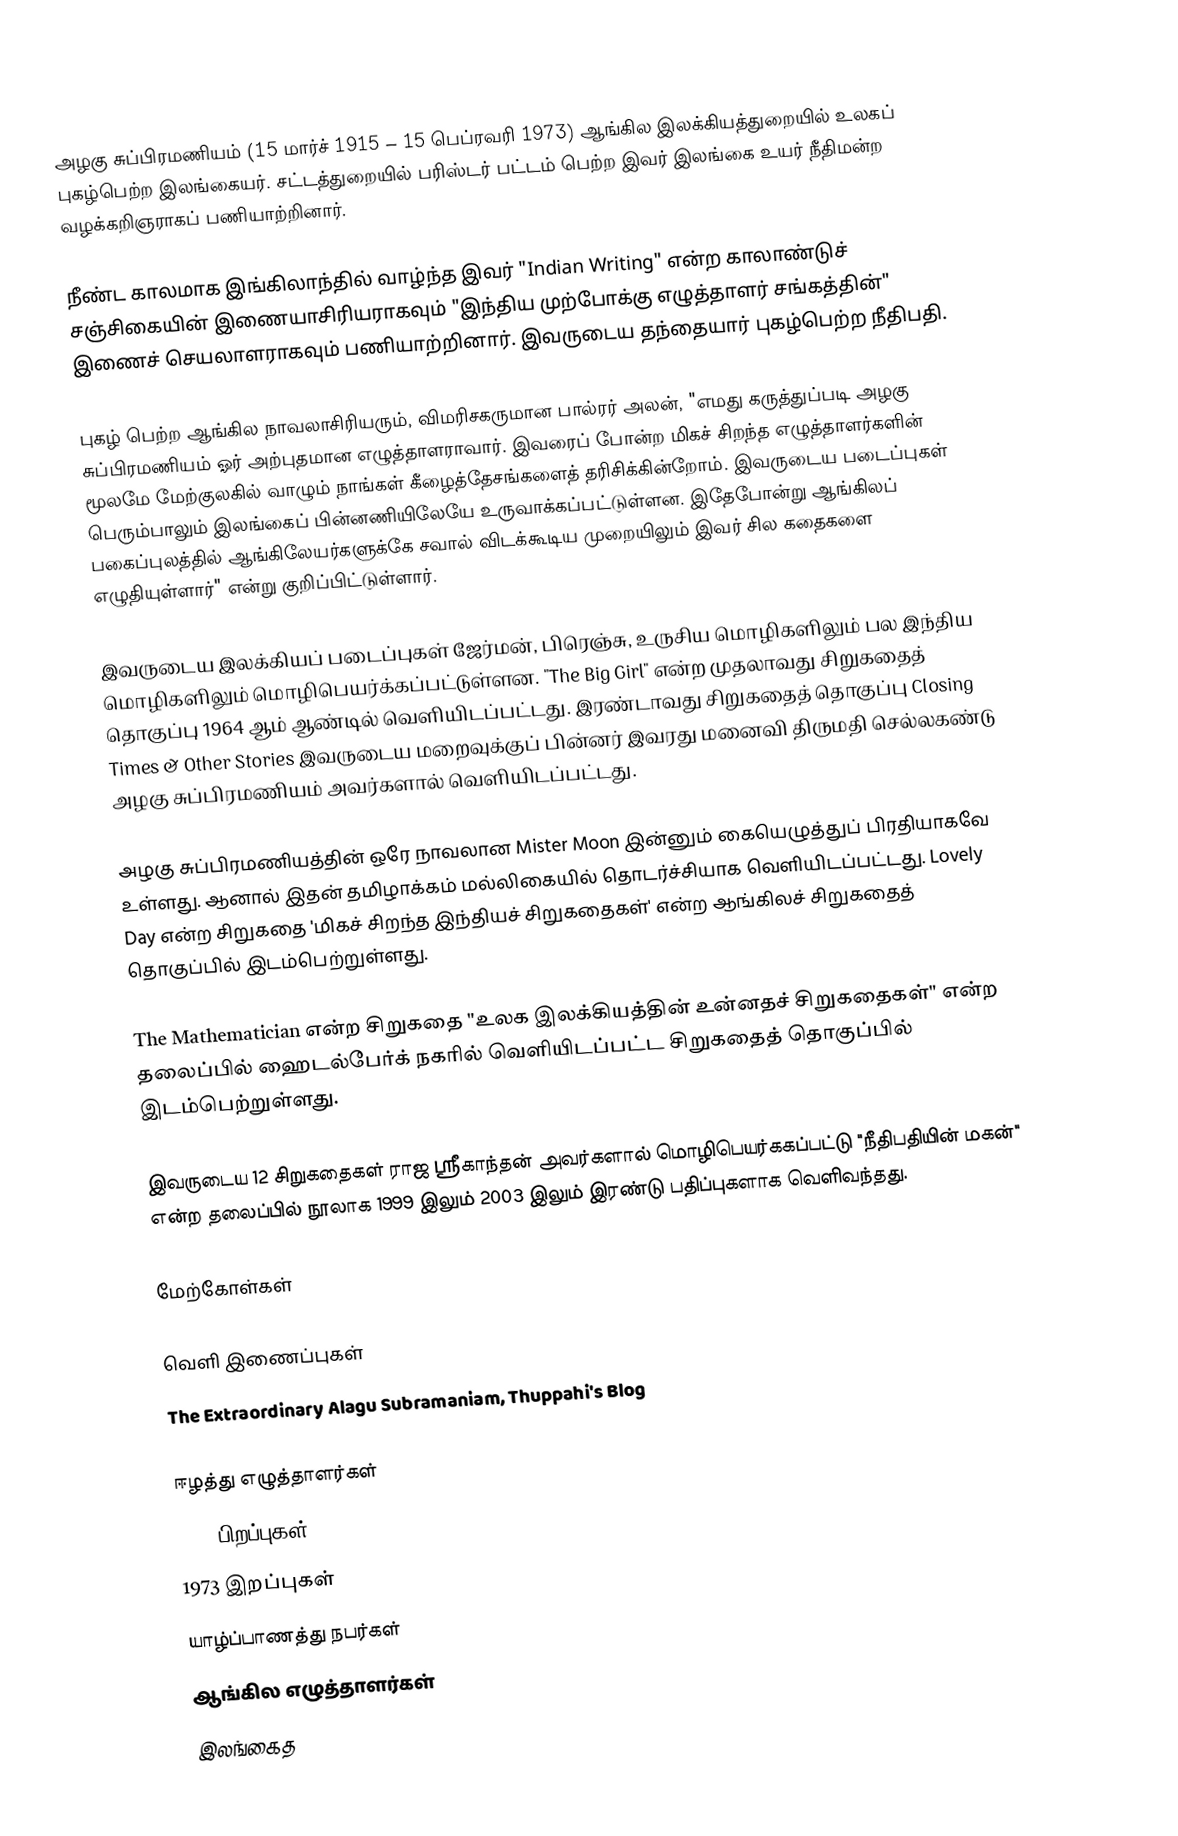
அழகு சுப்பிரமணியம் (15 மார்ச் 1915 – 15 பெப்ரவரி 1973) ஆங்கில இலக்கியத்துறையில் உலகப் புகழ்பெற்ற இலங்கையர். சட்டத்துறையில் பரிஸ்டர் பட்டம் பெற்ற இவர் இலங்கை உயர் நீதிமன்ற வழக்கறிஞராகப் பணியாற்றினார்.

நீண்ட காலமாக இங்கிலாந்தில் வாழ்ந்த இவர் "Indian Writing" என்ற காலாண்டுச் சஞ்சிகையின் இணையாசிரியராகவும் "இந்திய முற்போக்கு எழுத்தாளர் சங்கத்தின்" இணைச் செயலாளராகவும் பணியாற்றினார். இவருடைய தந்தையார் புகழ்பெற்ற நீதிபதி.

புகழ் பெற்ற ஆங்கில நாவலாசிரியரும், விமரிசகருமான பால்ரர் அலன், "எமது கருத்துப்படி அழகு சுப்பிரமணியம் ஓர் அற்புதமான எழுத்தாளராவார். இவரைப் போன்ற மிகச் சிறந்த எழுத்தாளர்களின் மூலமே மேற்குலகில் வாழும் நாங்கள் கீழைத்தேசங்களைத் தரிசிக்கின்றோம். இவருடைய படைப்புகள் பெரும்பாலும் இலங்கைப் பின்னணியிலேயே உருவாக்கப்பட்டுள்ளன. இதேபோன்று ஆங்கிலப் பகைப்புலத்தில் ஆங்கிலேயர்களுக்கே சவால் விடக்கூடிய முறையிலும் இவர் சில கதைகளை எழுதியுள்ளார்" என்று குறிப்பிட்டுள்ளார்.

இவருடைய இலக்கியப் படைப்புகள் ஜேர்மன், பிரெஞ்சு, உருசிய மொழிகளிலும் பல இந்திய மொழிகளிலும் மொழிபெயர்க்கப்பட்டுள்ளன. "The Big Girl" என்ற முதலாவது சிறுகதைத் தொகுப்பு 1964 ஆம் ஆண்டில் வெளியிடப்பட்டது. இரண்டாவது சிறுகதைத் தொகுப்பு Closing Times & Other Stories இவருடைய மறைவுக்குப் பின்னர் இவரது மனைவி திருமதி செல்லகண்டு அழகு சுப்பிரமணியம் அவர்களால் வெளியிடப்பட்டது.

அழகு சுப்பிரமணியத்தின் ஒரே நாவலான Mister Moon இன்னும் கையெழுத்துப் பிரதியாகவே உள்ளது. ஆனால் இதன் தமிழாக்கம் மல்லிகையில் தொடர்ச்சியாக வெளியிடப்பட்டது. Lovely Day என்ற சிறுகதை 'மிகச் சிறந்த இந்தியச் சிறுகதைகள்' என்ற ஆங்கிலச் சிறுகதைத் தொகுப்பில் இடம்பெற்றுள்ளது.

The Mathematician என்ற சிறுகதை "உலக இலக்கியத்தின் உன்னதச் சிறுகதைகள்" என்ற தலைப்பில் ஹைடல்பேர்க் நகரில் வெளியிடப்பட்ட சிறுகதைத் தொகுப்பில் இடம்பெற்றுள்ளது.

இவருடைய 12 சிறுகதைகள் ராஜ ஸ்ரீகாந்தன் அவர்களால் மொழிபெயர்ககப்பட்டு "நீதிபதியின் மகன்" என்ற தலைப்பில் நூலாக 1999 இலும் 2003 இலும் இரண்டு பதிப்புகளாக வெளிவந்தது.

மேற்கோள்கள்

வெளி இணைப்புகள்
 The Extraordinary Alagu Subramaniam, Thuppahi's Blog

ஈழத்து எழுத்தாளர்கள்
1915 பிறப்புகள்
1973 இறப்புகள்
யாழ்ப்பாணத்து நபர்கள்
ஆங்கில எழுத்தாளர்கள்
இலங்கைத